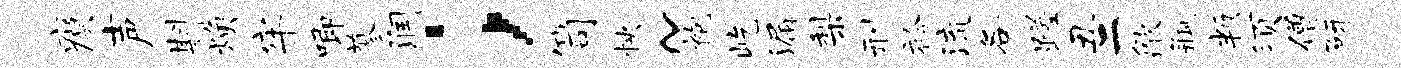
瘼声斟焕牢唧蓼润；笥怏~袍屹漏梨刑衿流各蹉丑二歙瓶叛须僧研